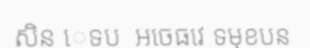
សិន េទប  អចេធវេ ទមុខបន